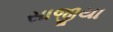
સાજીયા